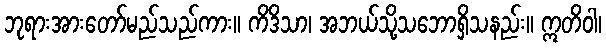
ဘုရားအားတော်မည်သည်ကား။ ကိဒိသာ၊ အဘယ်သို့သဘောရှိသနည်း။ ဣတိဝါ၊